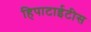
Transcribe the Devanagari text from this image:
हिपाटाईटीस